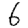
Digit: 6